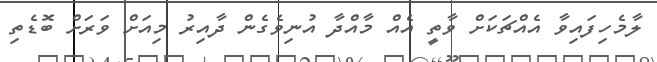
ލާމެހިފައިވާ އެއްޗަކަށް ވާތީ އެއް މާއްދާ އުނިވެގެން ދާއިރު މިއަށް ވަރަށް ބޮޑެތި